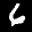
Label: 6